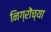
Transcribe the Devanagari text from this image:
निग्रोंच्या